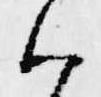
ハ